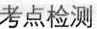
考点检测